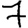
Digit: 7